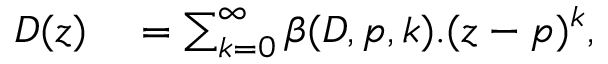
\begin{array} { r } { \begin{array} { r l } { D ( z ) } & { { } = \sum _ { k = 0 } ^ { \infty } \beta ( D , p , k ) . ( z - p ) ^ { k } , } \end{array} } \end{array}